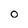
Character: 0